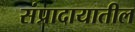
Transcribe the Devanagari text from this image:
संप्रादायातील